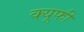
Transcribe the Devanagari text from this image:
क्यूफी